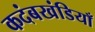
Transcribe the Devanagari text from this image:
कदंबखंडियाँ